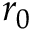
r _ { 0 }